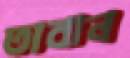
তাবান